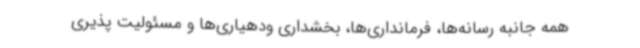
همه جانبه رسانه‌ها، فرمانداری‌ها، بخشداری ودهیاری‌ها و مسئولیت پذیری